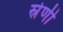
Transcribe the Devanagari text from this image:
स्रेणी